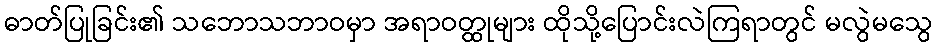
ဓာတ်ပြုခြင်း၏ သဘောသဘာဝမှာ အရာဝတ္ထုများ ထိုသို့ပြောင်းလဲကြရာတွင် မလွဲမသွေ